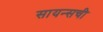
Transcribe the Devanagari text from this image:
सायन्सची